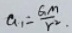
a _ { 1 } = \frac { G M } { r ^ { 2 } } .